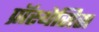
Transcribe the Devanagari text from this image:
प्रॉस्थेसिस